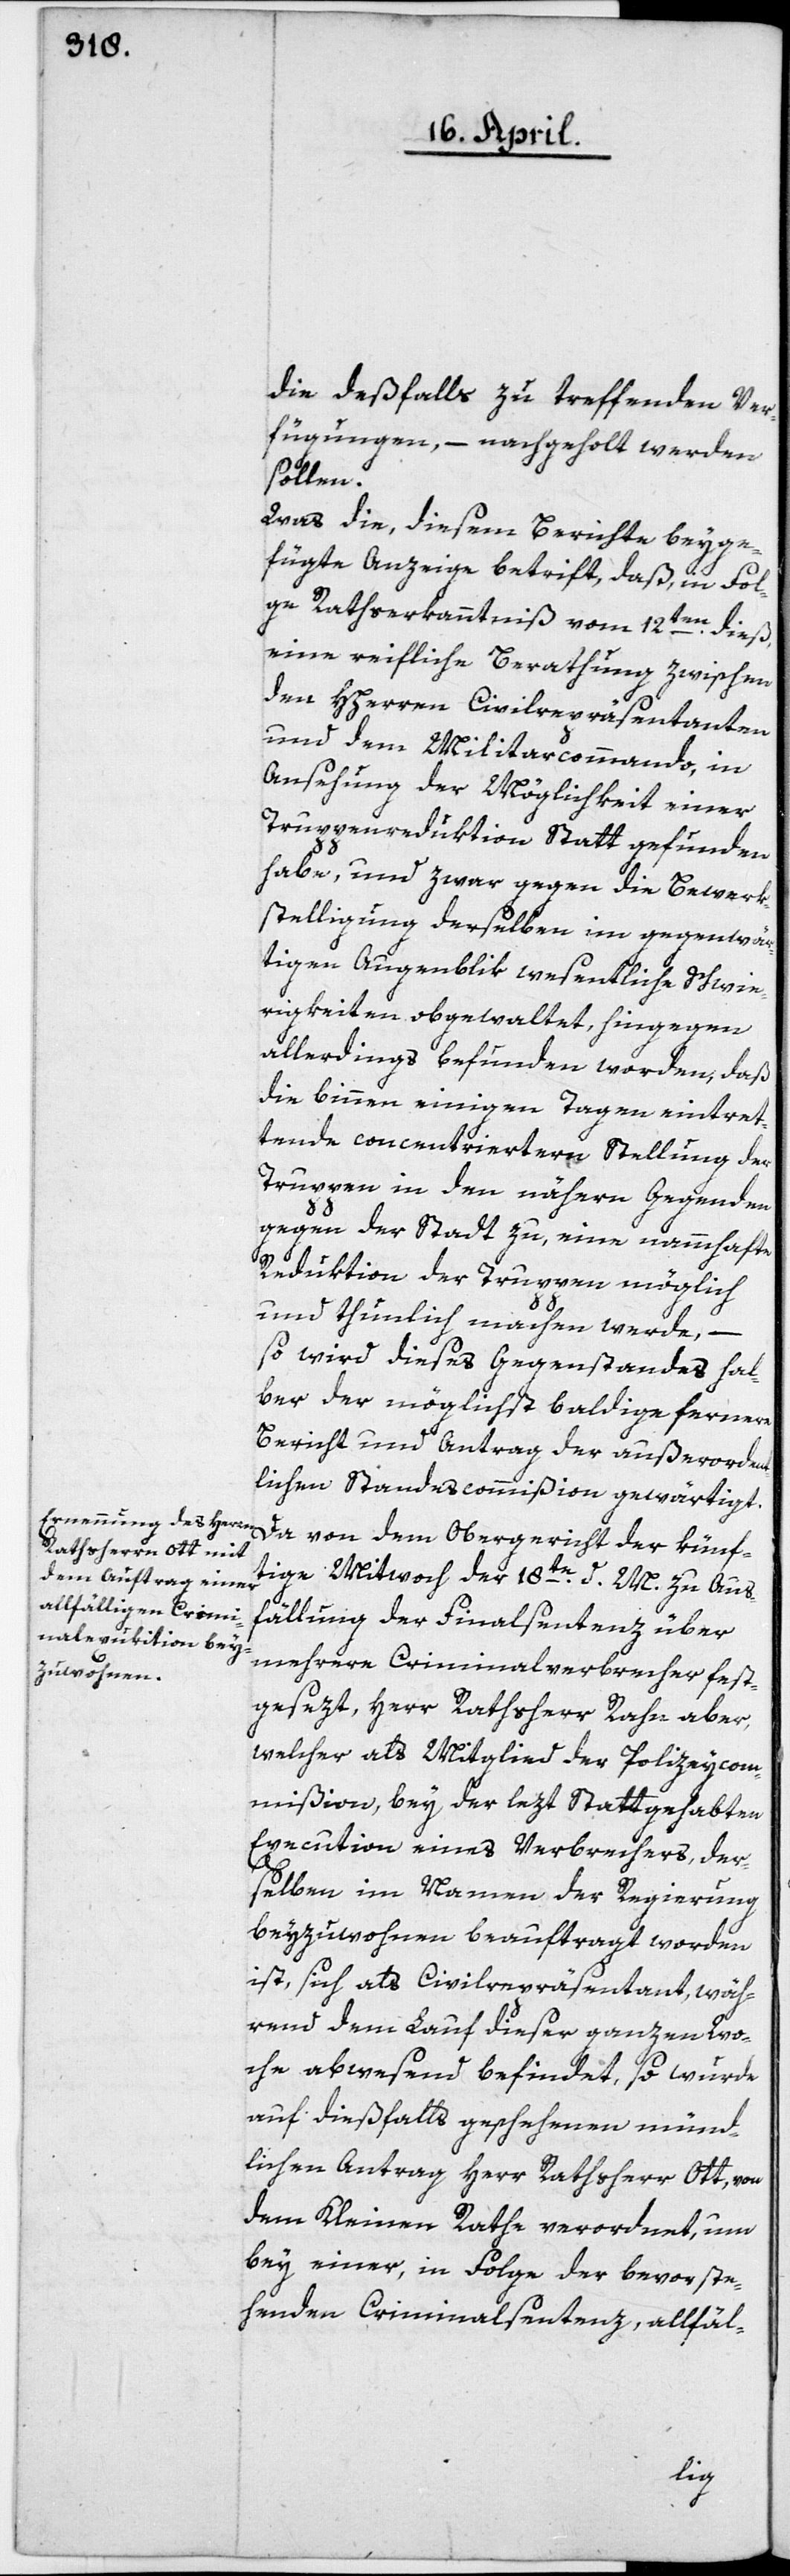
die desfalls zu treffenden Ver¬
fügungen, – nachgeholt werden
sollen.
Was die, diesem Berichte beyge¬
fügte Anzeige betrift, daß in Fol¬
ge Rathserkanntniß vom 12ten dieß,
eine reifliche Berathung zwischen
den HHerren Civilrepräsentanten
und dem Militarcommando in
Ansehung der Möglichkeit einer
Truppenreduktion statt gefunden
habe, und zwar gegen die Bewerk¬
stelligung derselben im gegenwär¬
tigen Augenblik wesentliche Schwie¬
rigkeiten obgewaltet, hingegen
allerdings befunden worden, daß
die binnen einigen Tagen eintret¬
tende concentriertern Stellung der
Truppen in den nähern Gegenden
gegen der Stadt zu, eine nammhafte
Reduktion der Truppen möglich
und thunlich machen werde, –
so wird dieses Gegenstandes hal¬
ber der möglichst baldige fernere
Bericht und Antrag der außerorden¬
tlichen Standescommißion gewärtigt.
Da von dem Obergericht der künf¬
tige Mitwoch der 18te d. M. zu Aus¬
fällung der Finalsentenz über
mehrere Criminalverbrecher fest¬
gesezt, Herr Rathsherr Rahn aber,
welcher als Mitglied der Polizeycom¬
mißion, bey der lezt stattgehabten
Execution eines Verbrechers, der¬
selben im Namen der Regierung
beyzuwohnen beauftragt worden
ist, sich als Civilrepräsentant, wäh¬
rend dem Lauf dieser ganzen Wo¬
che abwesend befindet, so wurde
auf dießfalls geschehenen münd¬
lichen Antrag Herr Rathsherr Ott, von
dem Kleinen Rathe verordnet, um
bey einer, in Folge der bevorste¬
henden Criminalsentenz allfäl-